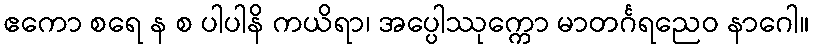
ဧကော စရေ န စ ပါပါနိ ကယိရာ၊ အပ္ပေါဿုက္ကော မာတင်္ဂရညေဝ နာဂေါ။